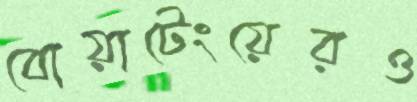
বোয়াটেংয়েরও